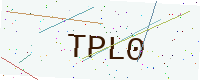
Text: TPL0